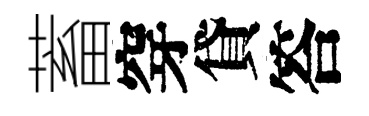
蓄穿貸答